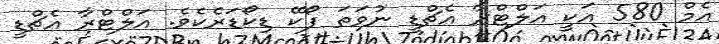
އެމް 580 އަކީ އަލްޓްރާ އެޗްޑީ ނުވަތަ ފޯކޭ ޑިކޯޑަރެކެވެ. އަލްޓްރާ އެޗްޑީ